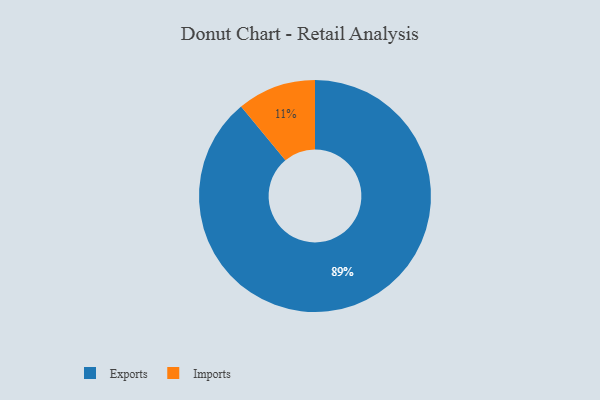
{"axis": {"x": "Category", "y": "Percentage"}, "legend": ["Exports", "Imports"], "data": [{"x": "Imports", "y": 11, "type": "Imports"}, {"x": "Exports", "y": 89, "type": "Exports"}]}